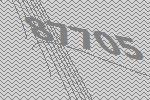
87705